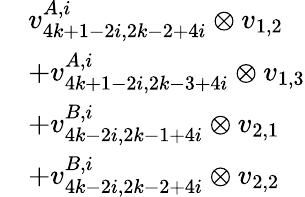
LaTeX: \begin{array}{rl}&{v_{4k+1-2i,2k-2+4i}^{A,i}\otimes v_{1,2}}\\ &{+v_{4k+1-2i,2k-3+4i}^{A,i}\otimes v_{1,3}}\\ &{+v_{4k-2i,2k-1+4i}^{B,i}\otimes v_{2,1}}\\ &{+v_{4k-2i,2k-2+4i}^{B,i}\otimes v_{2,2}}\end{array}